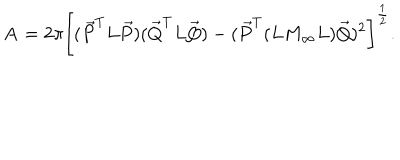
{ \bf A } = 2 \pi \bigg [ ( { \vec { P } } ^ { T } L { \vec { P } } ) ( { \vec { Q } } ^ { T } L { \vec { Q } } ) - ( { \vec { P } } ^ { T } { ( L M _ { \infty } L ) } { \vec { Q } } ) ^ { 2 } \bigg ] ^ { \frac { 1 } { 2 } } .